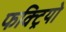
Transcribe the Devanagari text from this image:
फक्ट्रियो